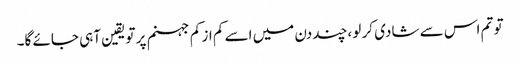
تو تم اس سے شادی کر لو ،چند دن میں اسے کم از کم جہنم پر تویقین آہی جائے گا۔